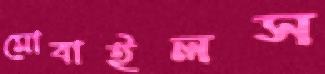
মোবাইলস